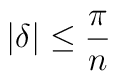
|\delta |\leq \frac{\pi }{n}